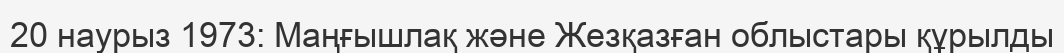
20 наурыз 1973: Маңғышлақ және Жезқазған облыстары құрылды